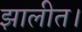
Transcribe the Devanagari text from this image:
झालीत।